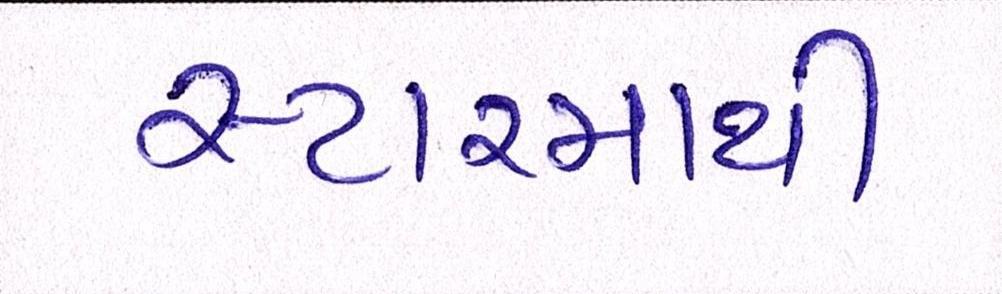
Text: સ્ટારમાંથી